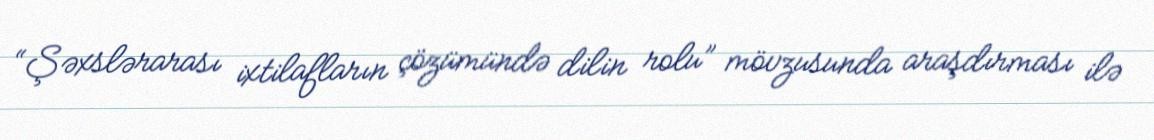
“Şəxslərarası ixtilafların çözümündə dilin rolu” mövzusunda araşdırması ilə